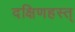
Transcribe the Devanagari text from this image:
दक्षिणहस्त्